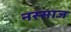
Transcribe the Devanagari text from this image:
नस्साज